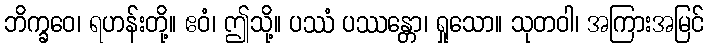
ဘိက္ခဝေ၊ ရဟန်းတို့။ ဧဝံ၊ ဤသို့။ ပဿံ ပဿန္တော၊ ရှုသော။ သုတဝါ၊ အကြားအမြင်